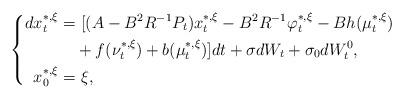
LaTeX: \begin{align*} \left\{ \begin{aligned} dx_t^{*,\xi}=&~[(A-B^2R^{-1}P_t)x_t^{*,\xi}-B^2R^{-1}\varphi_t^{*,\xi}-Bh(\mu_t^{*,\xi})\\&+f(\nu_t^{*,\xi})+b(\mu_t^{*,\xi})]dt+\sigma dW_t+\sigma_0dW^0_t,\\ x_0^{*,\xi}=&~\xi, \end{aligned} \right. \end{align*}